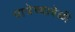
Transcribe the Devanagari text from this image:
यात्रेच्यावेळी